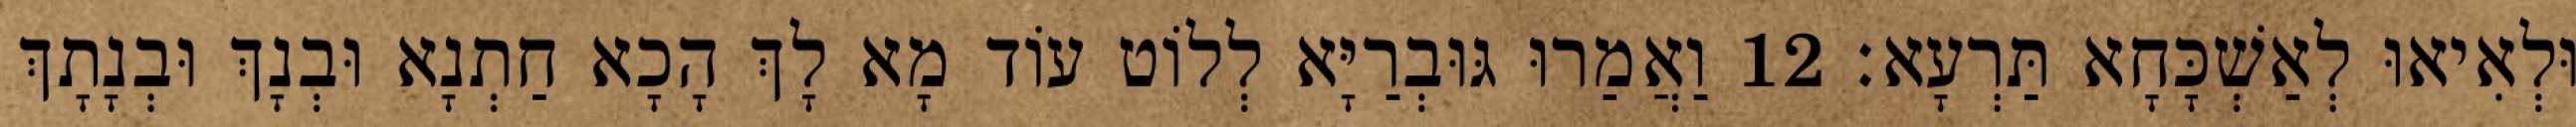
וּלְאִיאוּ לְאַשְׁכָּחָא תַּרְעָא׃ 12 וַאֲמַרוּ גּוּבְרַיָּא לְלוֹט עוֹד מָא לָךְ הָכָא חַתְנָא וּבְנָךְ וּבְנָתָךְ